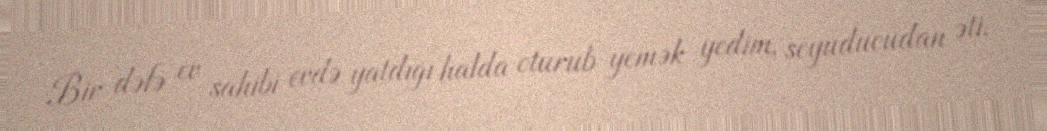
Bir dəfə ev sahibi evdə yatdığı halda oturub yemək yedim, soyuducudan əti,